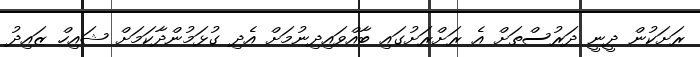
ރަށަކުން ދީނީ ދަރުސްތަށް އެ ރަށްރަށުގައި ބާއްވައިދިނުމަށް އެދި ގުޅަމުންދާކަމަށް ޝައިހް ޒައިދު